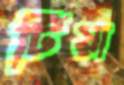
টিঁয়া